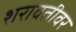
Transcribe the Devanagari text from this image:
शरावतीवर